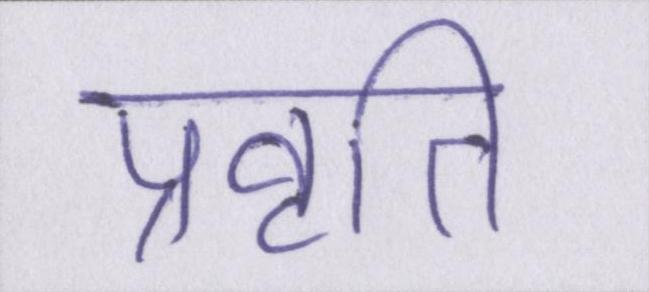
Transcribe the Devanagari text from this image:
प्रवृति